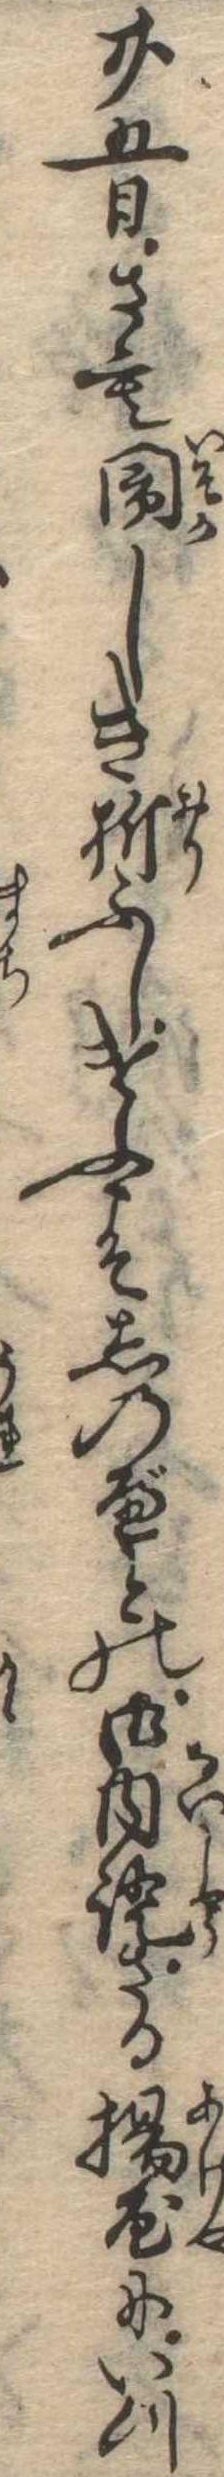
廿五日さも閙しき折ふしけふこそしのべとの御内証さる揚屋にいつ